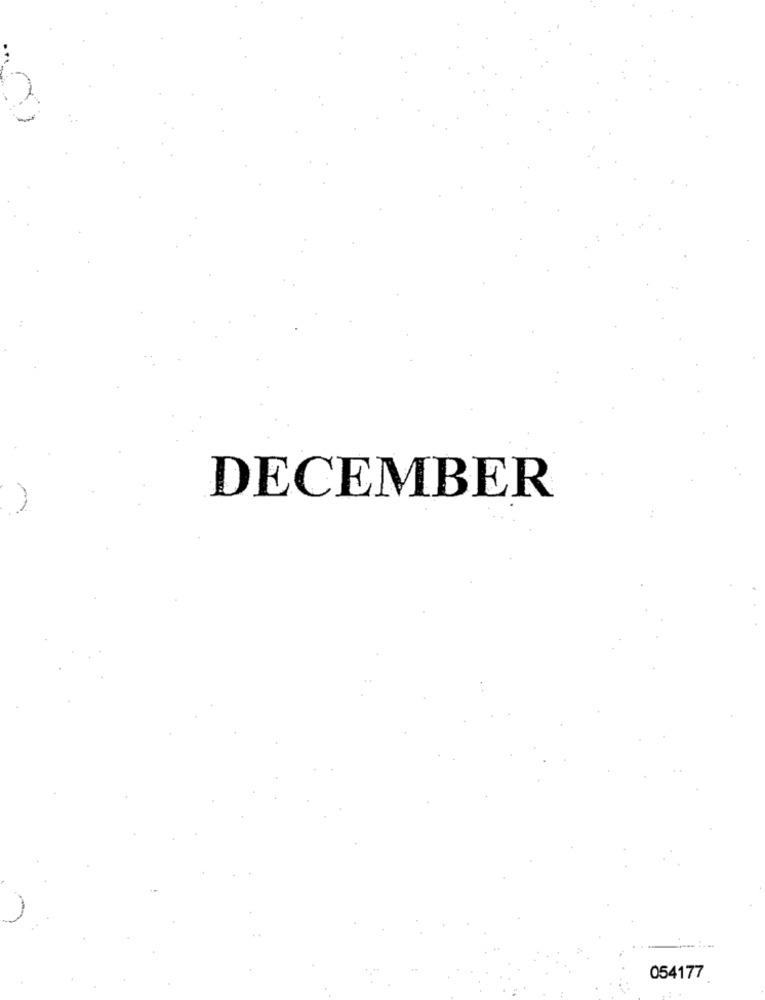
DECEMBER
054177